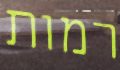
רמות